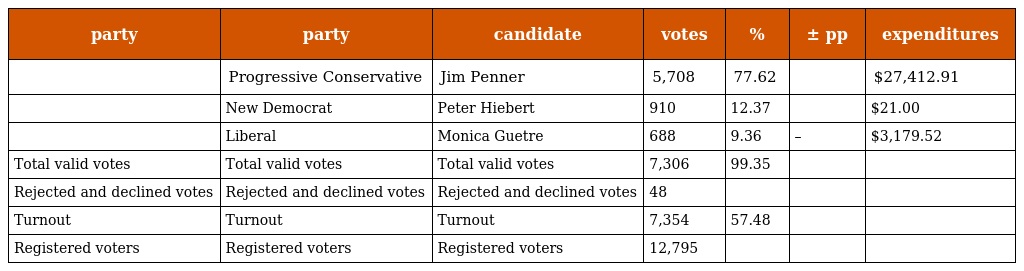
| party | party | candidate | votes | % | ± pp | expenditures |
 | --- | --- | --- | --- | --- | --- | --- |
 |  | Progressive Conservative | Jim Penner | 5,708 | 77.62 |  | $27,412.91 |
 |  | New Democrat | Peter Hiebert | 910 | 12.37 |  | $21.00 |
 |  | Liberal | Monica Guetre | 688 | 9.36 | – | $3,179.52 |
 | Total valid votes | Total valid votes | Total valid votes | 7,306 | 99.35 |  |  |
 | Rejected and declined votes | Rejected and declined votes | Rejected and declined votes | 48 |  |  |  |
 | Turnout | Turnout | Turnout | 7,354 | 57.48 |  |  |
 | Registered voters | Registered voters | Registered voters | 12,795 |  |  |  |